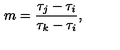
m = \frac { \tau _ { j } - \tau _ { i } } { \tau _ { k } - \tau _ { i } } ,